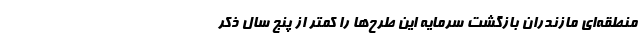
منطقه‌ای مازندران بازگشت سرمایه این طرح‌ها را کمتر از پنج سال ذکر